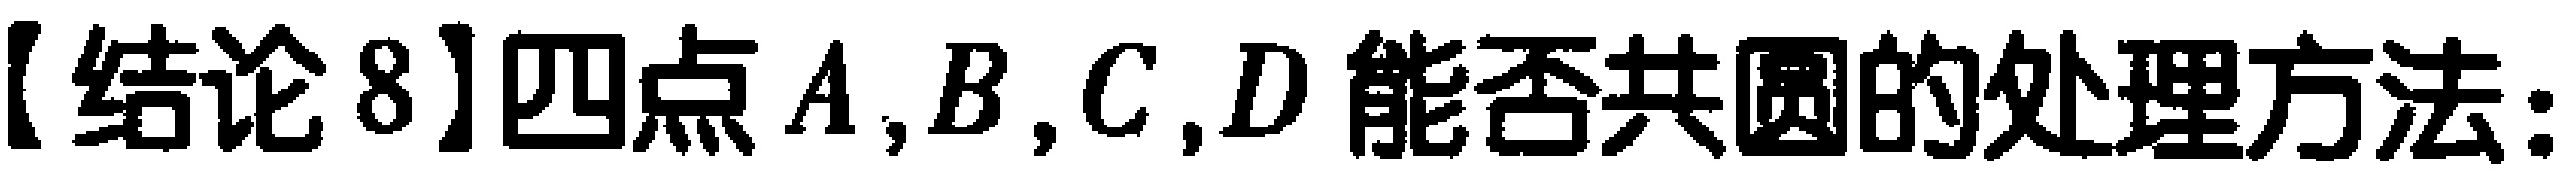
【结论8】四点\(A,B,C,D\)能否共圆的处理方法：